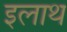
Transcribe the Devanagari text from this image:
इलाथ